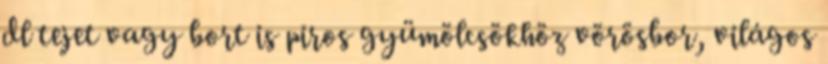
dl tejet vagy bort is piros gyümölcsökhöz vörösbor, világos